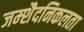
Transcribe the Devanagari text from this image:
जम्‍शैदनिकलता